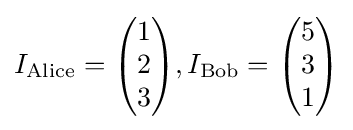
I_{\mathrm {Alice} }={\begin{pmatrix}1\\2\\3\end{pmatrix}},I_{\mathrm {Bob} }={\begin{pmatrix}5\\3\\1\end{pmatrix}}